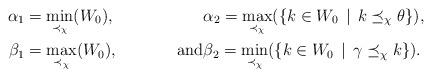
LaTeX: \begin{align*}\alpha_1 &= \min_{\prec_\chi}(W_0), & & \alpha_2 = \max_{\prec_\chi}(\{ k \in W_0 \, \mid \, k \preceq_{\chi} \theta \}), \\\beta_1& = \max_{\prec_\chi}(W_0), & \mbox{and} & \beta_2 = \min_{\prec_\chi}(\{ k \in W_0 \, \mid \, \gamma \preceq_\chi k \}).\end{align*}